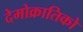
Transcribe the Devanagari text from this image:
देमोक्रातिको